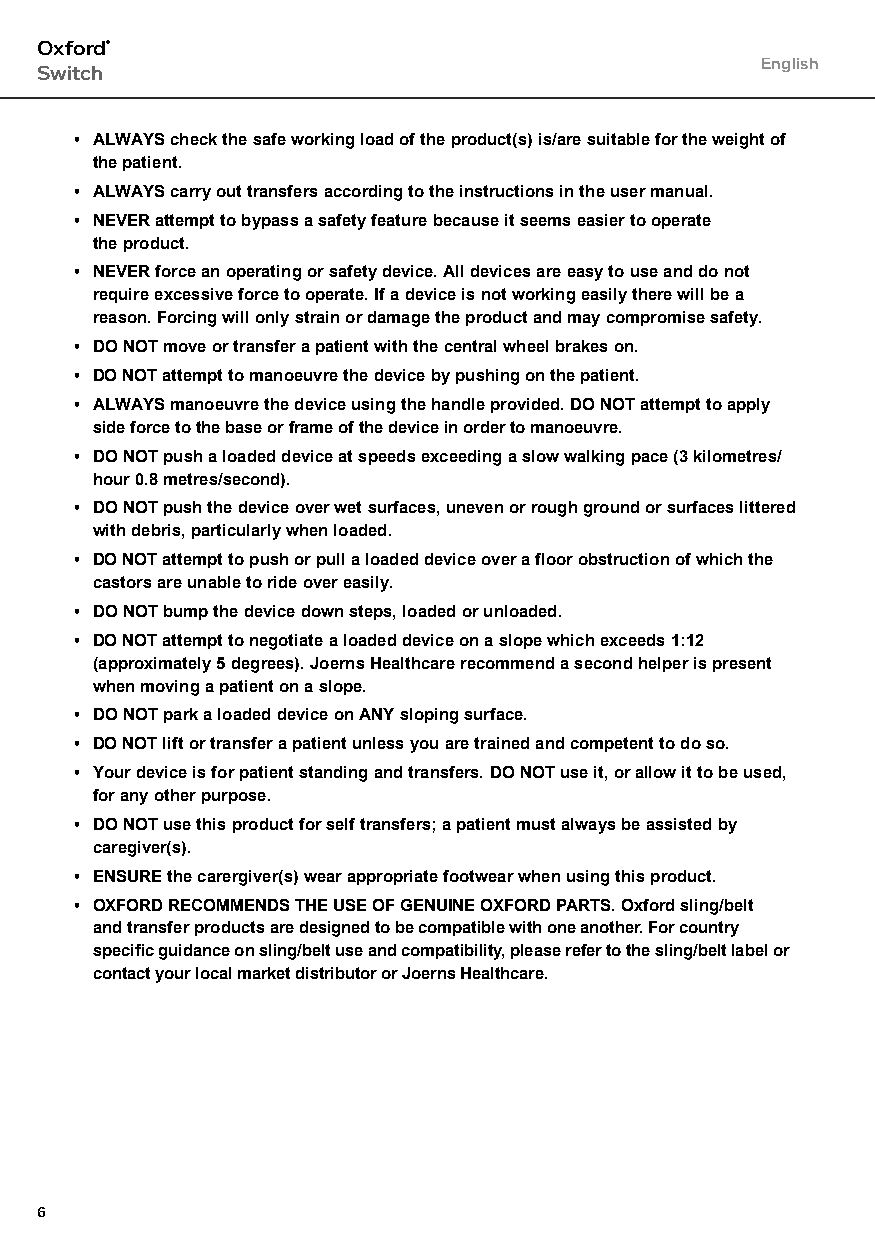
Oxford®
 English
 Switch
 • ALWAYS check the safe working load of the product(s) is/are suitable for the weight of
 the patient.
 • ALWAYS carry out transfers according to the instructions in the user manual.
 • NEVER attempt to bypass a safety feature because it seems easier to operate
 the product.
 • NEVER force an operating or safety device. All devices are easy to use and do not
 require excessive force to operate. If a device is not working easily there will be a
 reason. Forcing will only strain or damage the product and may compromise safety.
 • DO NOT move or transfer a patient with the central wheel brakes on.
 • DO NOT attempt to manoeuvre the device by pushing on the patient.
 • ALWAYS manoeuvre the device using the handle provided. DO NOT attempt to apply
 side force to the base or frame of the device in order to manoeuvre.
 • DO NOT push a loaded device at speeds exceeding a slow walking pace (3 kilometres/
 hour 0.8 metres/second).
 • DO NOT push the device over wet surfaces, uneven or rough ground or surfaces littered
 with debris, particularly when loaded.
 • DO NOT attempt to push or pull a loaded device over a floor obstruction of which the
 castors are unable to ride over easily.
 • DO NOT bump the device down steps, loaded or unloaded.
 • DO NOT attempt to negotiate a loaded device on a slope which exceeds 1:12
 (approximately 5 degrees). Joerns Healthcare recommend a second helper is present
 when moving a patient on a slope.
 • DO NOT park a loaded device on ANY sloping surface.
 • DO NOT lift or transfer a patient unless you are trained and competent to do so.
 • Your device is for patient standing and transfers. DO NOT use it, or allow it to be used,
 for any other purpose.
 • DO NOT use this product for self transfers; a patient must always be assisted by
 caregiver(s).
 • ENSURE the carergiver(s) wear appropriate footwear when using this product.
 • OXFORD RECOMMENDS THE USE OF GENUINE OXFORD PARTS. Oxford sling/belt
 and transfer products are designed to be compatible with one another. For country
 specific guidance on sling/belt use and compatibility, please refer to the sling/belt label or
 contact your local market distributor or Joerns Healthcare.
 6